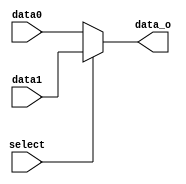
module MUX32b(
	input [31:0]data0,
	input [31:0]data1,
	input select,
	output [31:0]data_o);

assign data_o=select?data1:data0;

endmodule